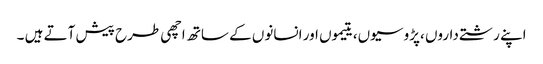
اپنے رشتے داروں ،پڑوسیوں، یتیموں اور انسانوں کے ساتھ اچھی طرح پیش آتے ہیں ۔